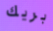
بريك